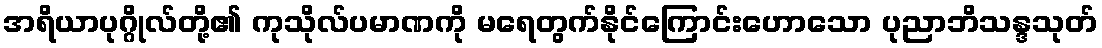
အရိယာပုဂ္ဂိုလ်တို့၏ ကုသိုလ်ပမာဏကို မရေတွက်နိုင်ကြောင်းဟောသော ပုညာဘိသန္ဒသုတ်